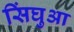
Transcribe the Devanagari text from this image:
सिंघुआ